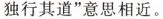
独行其道”意思相近。